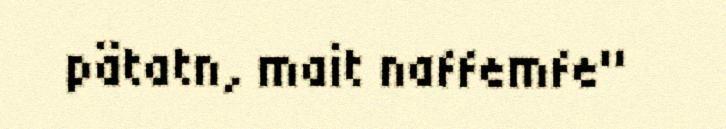
pätatn, mait naffemfe"